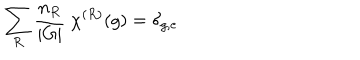
\sum _ { R } { \frac { n _ { R } } { | G | } } ~ \chi ^ { ( R ) } ( g ) = \delta _ { g , e }